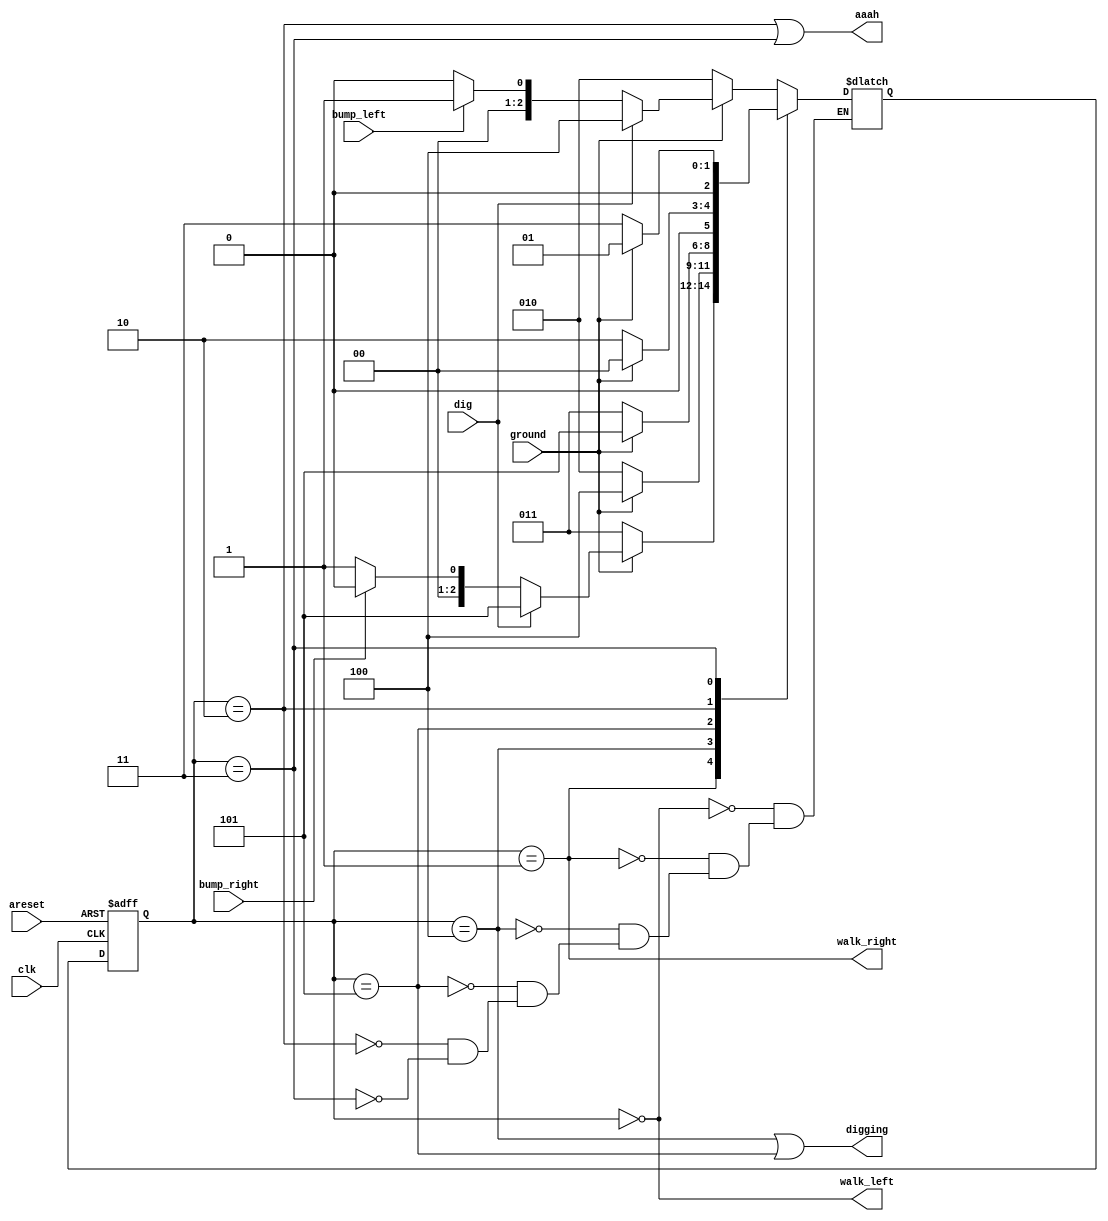
module top_module(
    input clk,
    input areset,    // Freshly brainwashed Lemmings walk left.
    input bump_left,
    input bump_right,
    input ground,
    input dig,
    output walk_left,
    output walk_right,
    output aaah,
    output digging ); 

    parameter left = 0, right = 1;
    parameter left_ground = 2, right_ground = 3;
    parameter left_dig = 4, right_dig = 5;

    reg [2:0] state, next_state;

    always @(posedge clk or posedge areset) begin
        if (areset) begin
            state <= left;
        end
        else begin
            state <= next_state;
        end
    end

    always @(*) begin
        case (state)
            left: begin
                if (ground) begin
                    if (dig) begin
                        next_state <= left_dig;
                    end
                    else begin
                        next_state <= bump_left ? right : left;
                    end
                end
                else begin
                    next_state <= left_ground;
                end
            end
            right: begin
                if (ground) begin
                    if (dig) begin
                        next_state <= right_dig;
                    end
                    else begin
                        next_state <= bump_right ? left : right;
                    end
                end
                else begin
                    next_state <= right_ground;
                end
            end
            left_dig: begin
                if (ground) begin
                    next_state <= left_dig;
                end
                else begin
                    next_state <= left_ground;
                end
            end
            right_dig: begin
                if (ground) begin
                    next_state <= right_dig;
                end
                else begin
                    next_state <= right_ground;
                end
            end
            left_ground: begin
                if (ground) begin
                    next_state <= left;
                end
                else begin
                    next_state <= left_ground;
                end
            end
            right_ground: begin
                if (ground) begin
                    next_state <= right;
                end
                else begin
                    next_state <= right_ground;
                end
            end
        endcase
    end

    assign walk_left = (state == left);
    assign walk_right = (state == right);
    assign aaah = ((state == left_ground) || (state == right_ground));
    assign digging = ((state == left_dig) || (state == right_dig));

endmodule